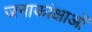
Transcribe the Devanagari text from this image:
जनाकांक्षाओं